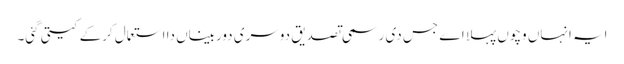
ایہ انہاں وچو‏ں پہلا اے جس دی رسمی تصدیق دوسری دوربیناں دا استعمال کرکے کیتی گئی۔